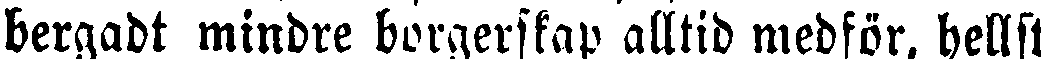
bergadt mindre borgerskap alltid medför, hellst